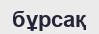
бұрсақ